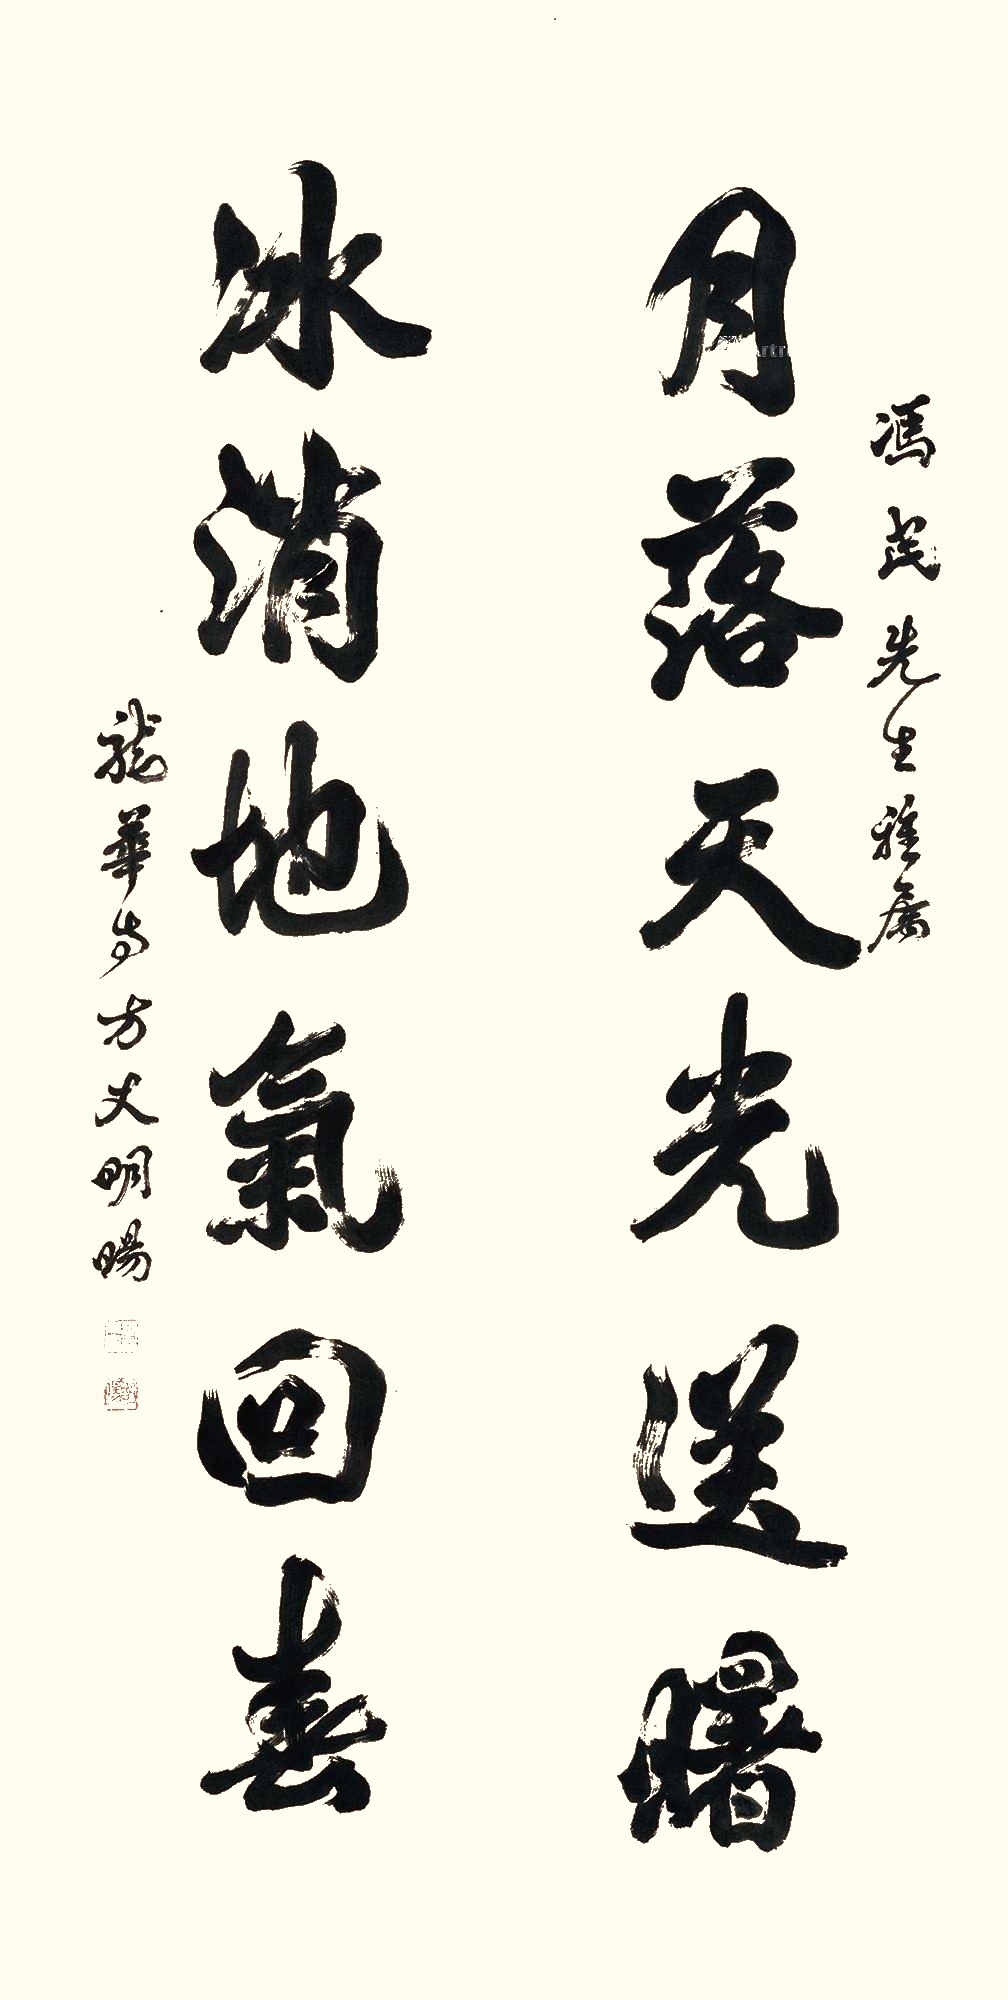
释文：月落天光送曙，冰消地气回春。冯民先生雅属，龙华寺方丈明旸。